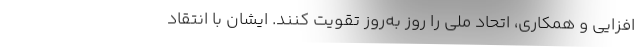
‌افزایی و همکاری، اتحاد ملی را روز به‌روز تقویت کنند. ایشان با انتقاد